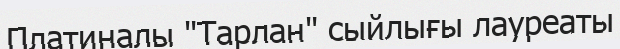
Платиналы "Тарлан" сыйлығы лауреаты